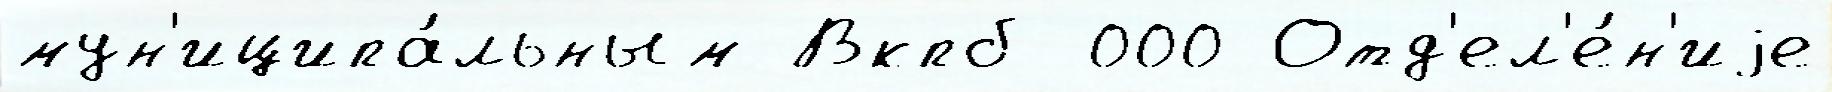
мун'иципа́льным Вкпб 000 Отд'ел'е́н'иjе